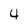
Character: 4